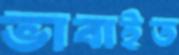
ভাবাইত